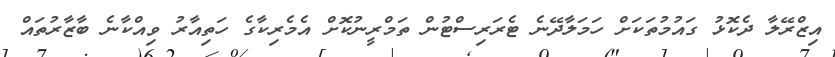
އިޒްރޭލާ ދެކޮޅު ގައުމުތަކަށް ހަމަލާދޭނެ ޓެރަރިސްޓުން ތަމްރީނުކޮށް އެމެރިކާގެ ހަތިއާރު ވިއްކާނެ ބާޒާރުތައް